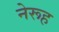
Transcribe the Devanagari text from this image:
नेरूह